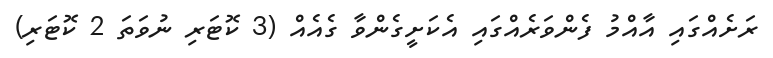
ރަށެއްގައި އާއްމު ފެންވަރެއްގައި އެކަށީގެންވާ ގެއެއް (3 ކޮޓަރި ނުވަތަ 2 ކޮޓަރި)